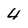
Character: 4